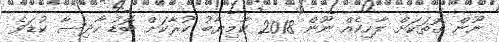
ނޫން ގޮތަކަށް ލާހިކެއް ނޫން 2018 ކާމިޔާބު ކުރާކަށް ބޮޑު ހާދިސާ ކުޑަވެ